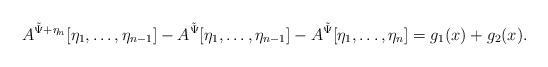
LaTeX: \begin{align*}A^{\tilde \Psi + \eta_n}[\eta_1,\dots,\eta_{n-1}] - A^{\tilde \Psi}[\eta_1,\dots,\eta_{n-1}] - A^{\tilde \Psi}[\eta_1,\dots,\eta_n] = g_1(x) + g_2(x).\end{align*}